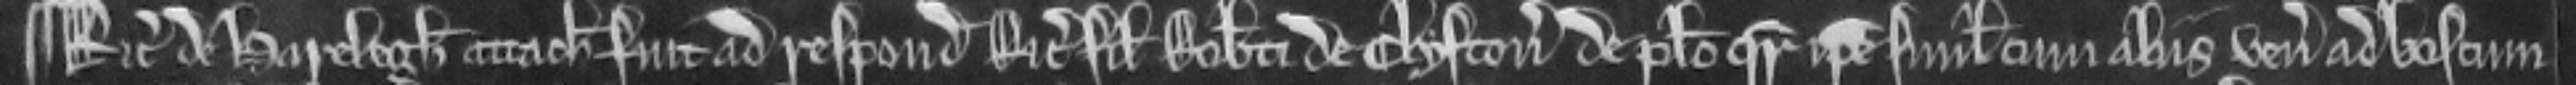
¶ Ricardus de Harelegh attachiatus fuit ad respondendum Ricardo filio Roberti de Clyfton de placito quare ipse simul cum aliis venerunt ad boscum